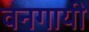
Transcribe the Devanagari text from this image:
वनगायी